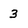
Character: 3